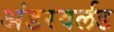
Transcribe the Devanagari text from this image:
अंडरवर्लड